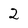
Character: 2